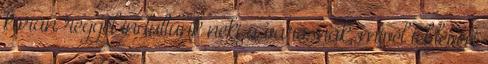
korán reggel indultunk neki a városnak, mivel tél lévén